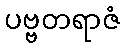
ပဗ္ဗတရာဇံ